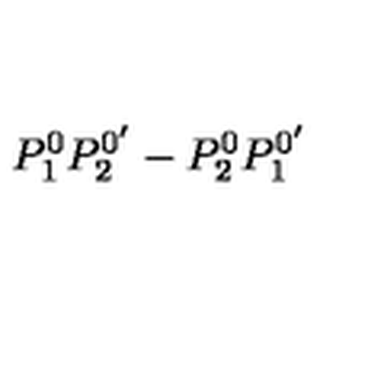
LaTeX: P _ { 1 } ^ { 0 } P _ { 2 } ^ { 0 ^ { \prime } } - P _ { 2 } ^ { 0 } P _ { 1 } ^ { 0 ^ { \prime } }